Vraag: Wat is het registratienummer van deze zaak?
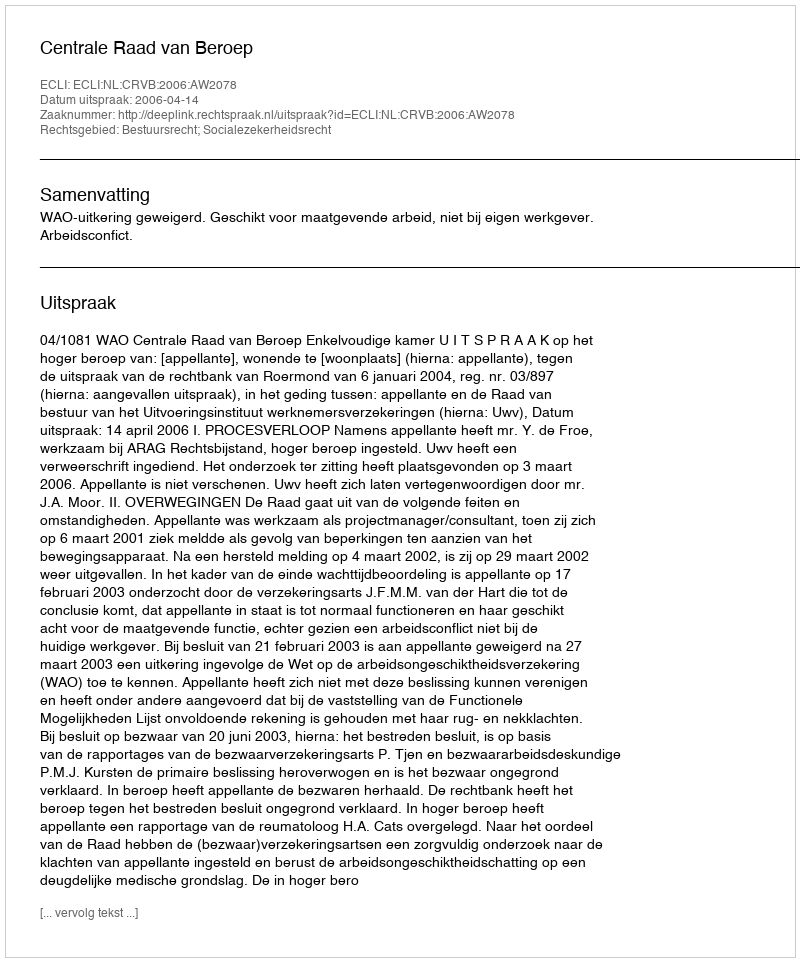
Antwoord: http://deeplink.rechtspraak.nl/uitspraak?id=ECLI:NL:CRVB:2006:AW2078